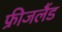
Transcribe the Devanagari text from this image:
फ्रीजलैंड